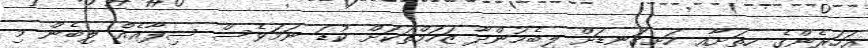
އަހަރެންގެ ހިތަށާއި ހަށިގަނޑަށް ލިބެމުންދާ ޒަހަމްތަކަށް ކުޑަ ނަމަވެސް ސިފާއެއް ލިބެން މި